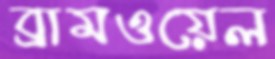
ব্রামওয়েল